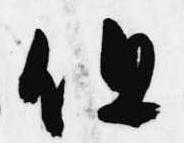
但